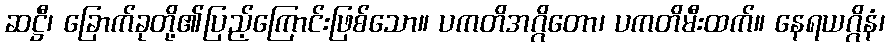
ဆဋ္ဌီ၊ ခြောက်ခုတို့၏ပြည့်ကြောင်းဖြစ်သော။ ပကတိအဂ္ဂိတော၊ ပကတိမီးထက်။ နေရယဂ္ဂိနံ၊